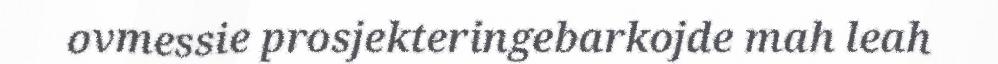
ovmessie prosjekteringebarkojde mah leah